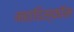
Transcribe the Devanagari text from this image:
महाडिस्कॉम